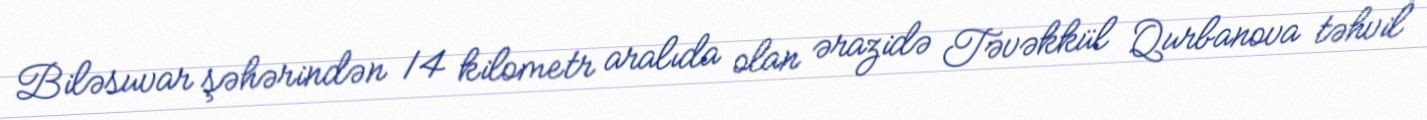
Biləsuvar şəhərindən 14 kilometr aralıda olan ərazidə Təvəkkül Qurbanova təhvil